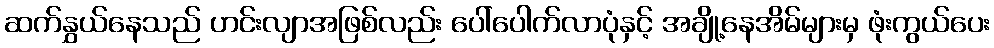
ဆက်နွှယ်နေသည် ဟင်းလျာအဖြစ်လည်း ပေါ်ပေါက်လာပုံနှင့် အချို့နေအိမ်များမှ ဖုံးကွယ်ပေး